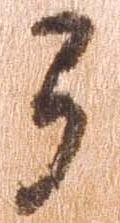
弓